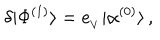
LaTeX: \delta | \Phi ^ { ( 1 ) } \rangle = e _ { _ V } | \alpha ^ { ( 0 ) } \rangle \, ,